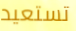
تستعيد